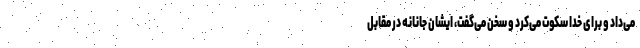
می‌داد و برای خدا سکوت می‌کرد و سخن می‌گفت، ایشان جانانه در مقابل